Elephants and their diseases
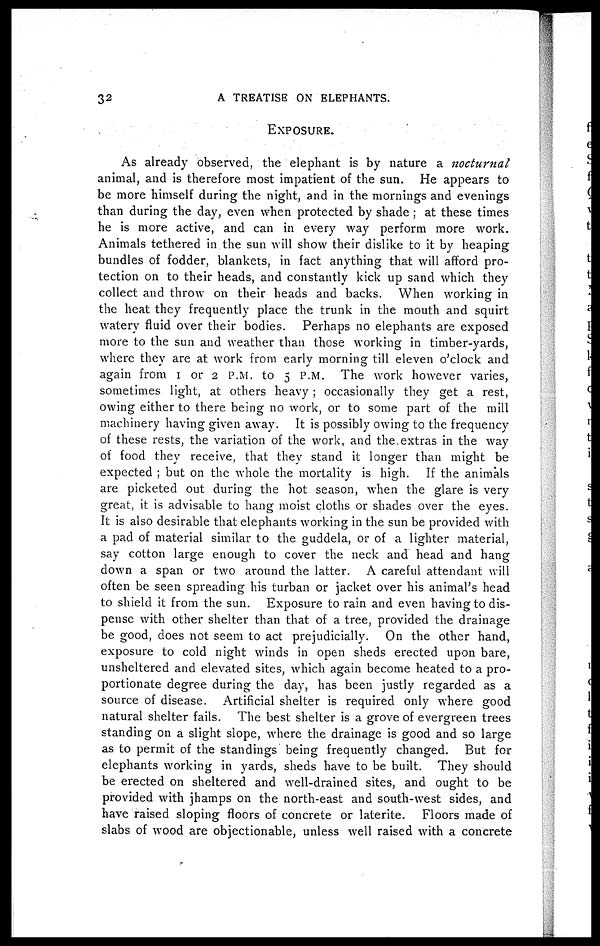
32
A TREATISE ON ELEPHANTS.
EXPOSURE.
As already observed, the elephant is by nature a nocturnal
animal, and is therefore most impatient of the sun. He appears to
be more himself during the night, and in the mornings and evenings
than during the day, even when protected by shade ; at these times
he is more active, and can in every way perform more work.
Animals tethered in the sun will show their dislike to it by heaping
bundles of fodder, blankets, in fact anything that will afford pro-
tection on to their heads, and constantly kick up sand which they
collect and throw on their heads and backs. When working in
the heat they frequently place the trunk in the mouth and squirt
watery fluid over their bodies. Perhaps no elephants are exposed
more to the sun and weather than those working in timber-yards,
where they are at work from early morning till eleven o'clock and
again from 1 or 2 P.M. to 5 P.M. The work however varies,
sometimes light, at others heavy ; occasionally they get a rest,
owing either to there being no work, or to some part of the mill
machinery having given away. It is possibly owing to the frequency
of these rests, the variation of the work, and the extras in the way
of food they receive, that they stand it longer than might be
expected ; but on the whole the mortality is high. If the animals
are picketed out during the hot season, when the glare is very
great, it is advisable to hang moist cloths or shades over the eyes.
It is also desirable that elephants working in the sun be provided with
a pad of material similar to the guddela, or of a lighter material,
say cotton large enough to cover the neck and head and hang
down a span or two around the latter. A careful attendant will
often be seen spreading his turban or jacket over his animal's head
to shield it from the sun. Exposure to rain and even having to dis-
pense with other shelter than that of a tree, provided the drainage
be good, does not seem to act prejudicially. On the other hand,
exposure to cold night winds in open sheds erected upon bare,
unsheltered and elevated sites, which again become heated to a pro-
portionate degree during the day, has been justly regarded as a
source of disease. Artificial shelter is required only where good
natural shelter fails. The best shelter is a grove of evergreen trees
standing on a slight slope, where the drainage is good and so large
as to permit of the standings being frequently changed. But for
elephants working in yards, sheds have to be built. They should
be erected on sheltered and well-drained sites, and ought to be
provided with jhamps on the north-east and south-west sides, and
have raised sloping floors of concrete or laterite. Floors made of
slabs of wood are objectionable, unless well raised with a concrete